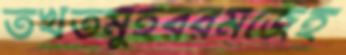
তখতমুহররমজেহ